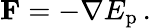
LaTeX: \mathbf{F}=-\mathbf{\nabla}E_{\mathrm{p}}\, .